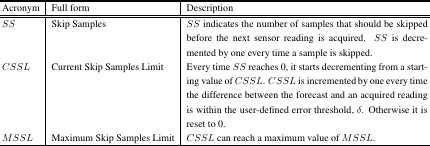
<table><thead><tr><td><b>Acronym</b></td><td><b>Full form</b></td><td><b>Description</b></td></tr></thead><tbody><tr><td><i>SS</i></td><td>Skip Samples</td><td><i>SS</i> indicates the number of samples that should be skipped before the next sensor reading is acquired. <i>SS</i> is decremented by one every time a sample is skipped.</td></tr><tr><td><i>CSSL</i></td><td>Current Skip Samples Limit</td><td>Every time <i>SS</i> reaches 0, it starts decrementing from a starting value of <i>CSSL. CSSL</i> is incremented by one every time the difference between the forecast and an acquired reading is within the user-defined error threshold, <i>δ</i>. Otherwise it is reset to 0.</td></tr><tr><td><i>MSSL</i></td><td>Maximum Skip Samples Limit</td><td><i>CSSL</i> can reach a maximum value of <i>MSSL</i>.</td></tr></tbody></table>